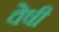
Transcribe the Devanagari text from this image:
वेषी